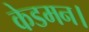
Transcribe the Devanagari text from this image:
केडमन।